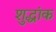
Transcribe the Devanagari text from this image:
शुद्धांक